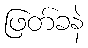
ဖြတ်ခနဲ